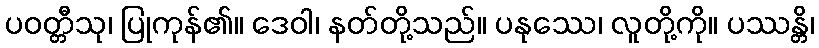
ပဝတ္တီသု၊ ပြုကုန်၏။ ဒေဝါ၊ နတ်တို့သည်။ ပနုဿေ၊ လူတို့ကို။ ပဿန္တိ၊